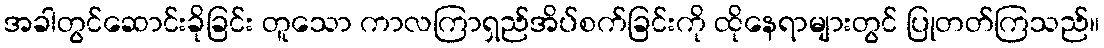
အခါတွင်ဆောင်းခိုခြင်း တူသော ကာလကြာရှည်အိပ်စက်ခြင်းကို ထိုနေရာများတွင် ပြုတတ်ကြသည်။